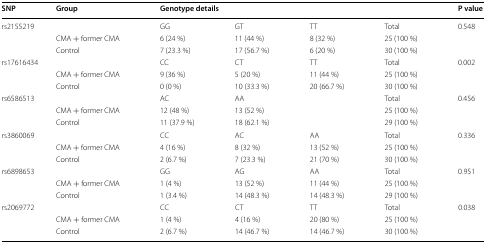
<table><thead><tr><td><b>SNP</b></td><td><b>Group</b></td><td colspan="4"><b>Genotype details</b></td><td><b>P value</b></td></tr></thead><tbody><tr><td colspan="2">rs2155219</td><td>GG</td><td>GT</td><td>TT</td><td>Total</td><td>0.548</td></tr><tr><td></td><td>CMA + former CMA</td><td>6 (24 %)</td><td>11 (44 %)</td><td>8 (32 %)</td><td>25 (100 %)</td><td></td></tr><tr><td></td><td>Control</td><td>7 (23.3 %)</td><td>17 (56.7 %)</td><td>6 (20 %)</td><td>30 (100 %)</td><td></td></tr><tr><td colspan="2">rs17616434</td><td>CC</td><td>CT</td><td>TT</td><td>Total</td><td>0.002</td></tr><tr><td></td><td>CMA + former CMA</td><td>9 (36 %)</td><td>5 (20 %)</td><td>11 (44 %)</td><td>25 (100 %)</td><td></td></tr><tr><td></td><td>Control</td><td>0 (0 %)</td><td>10 (33.3 %)</td><td>20 (66.7 %)</td><td>30 (100 %)</td><td></td></tr><tr><td colspan="2">rs6586513</td><td>AC</td><td>AA</td><td></td><td>Total</td><td>0.456</td></tr><tr><td></td><td>CMA + former CMA</td><td>12 (48 %)</td><td>13 (52 %)</td><td></td><td>25 (100 %)</td><td></td></tr><tr><td></td><td>Control</td><td>11 (37.9 %)</td><td>18 (62.1 %)</td><td></td><td>29 (100 %)</td><td></td></tr><tr><td colspan="2">rs3860069</td><td>CC</td><td>AC</td><td>AA</td><td>Total</td><td>0.336</td></tr><tr><td></td><td>CMA + former CMA</td><td>4 (16 %)</td><td>8 (32 %)</td><td>13 (52 %)</td><td>25 (100 %)</td><td></td></tr><tr><td></td><td>Control</td><td>2 (6.7 %)</td><td>7 (23.3 %)</td><td>21 (70 %)</td><td>30 (100 %)</td><td></td></tr><tr><td colspan="2">rs6898653</td><td>GG</td><td>AG</td><td>AA</td><td>Total</td><td>0.951</td></tr><tr><td></td><td>CMA + former CMA</td><td>1 (4 %)</td><td>13 (52 %)</td><td>11 (44 %)</td><td>25 (100 %)</td><td></td></tr><tr><td></td><td>Control</td><td>1 (3.4 %)</td><td>14 (48.3 %)</td><td>14 (48.3 %)</td><td>29 (100 %)</td><td></td></tr><tr><td colspan="2">rs2069772</td><td>CC</td><td>CT</td><td>TT</td><td>Total</td><td>0.038</td></tr><tr><td></td><td>CMA + former CMA</td><td>1 (4 %)</td><td>4 (16 %)</td><td>20 (80 %)</td><td>25 (100 %)</td><td></td></tr><tr><td></td><td>Control</td><td>2 (6.7 %)</td><td>14 (46.7 %)</td><td>14 (46.7 %)</td><td>30 (100 %)</td><td></td></tr></tbody></table>